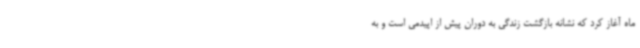
ماه آغاز کرد که نشانه بازگشت زندگی به دوران پیش از اپیدمی است و به